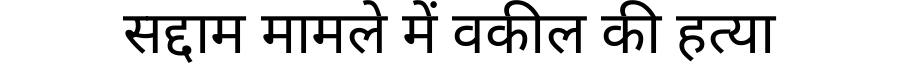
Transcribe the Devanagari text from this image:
सद्दाम मामले में वकील की हत्या